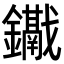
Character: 𨯱